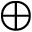
\bigoplus